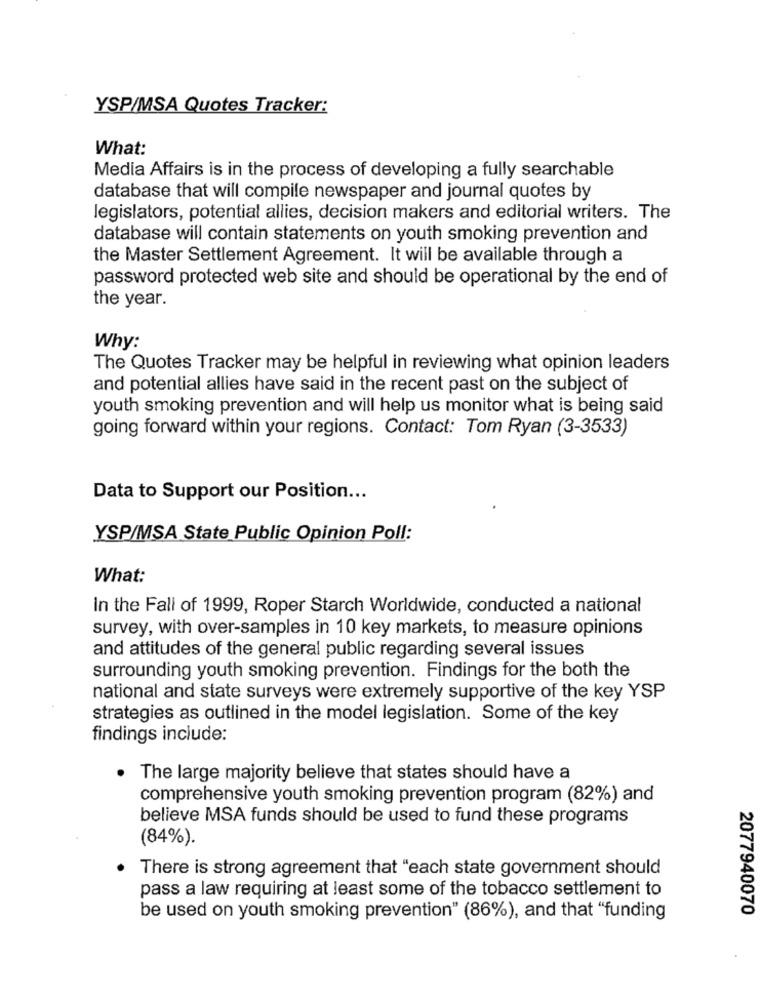
YSP/MSA Quotes Tracker:
What:
Media Affairs is in the process of developing a fully searchable
database that will compile newspaper and journal quotes by
legislators, potential allies, decision makers and editorial writers. The
database will contain statements on youth smoking prevention and
the Master Settlement Agreement. It will be available through a
password protected web site and should be operational by the end of
the year.
Why:
The Quotes Tracker may be helpful in reviewing what opinion leaders
and potential allies have said in the recent past on the subject of
youth smoking prevention and will help us monitor what is being said
going forward within your regions. Contact: Tom Ryan (3-3533)
Data to Support our Position ...
YSP/MSA State Public Opinion Poll:
What:
In the Fall of 1999, Roper Starch Worldwide, conducted a national
survey, with over-samples in 10 key markets, to measure opinions
and attitudes of the general public regarding several issues
surrounding youth smoking prevention. Findings for the both the
national and state surveys were extremely supportive of the key YSP
strategies as outlined in the model legislation. Some of the key
findings include:
. The large majority believe that states should have a
comprehensive youth smoking prevention program (82%) and
believe MSA funds should be used to fund these programs
(84%).
There is strong agreement that "each state government should
pass a law requiring at least some of the tobacco settlement to
2077940070
be used on youth smoking prevention" (86%), and that "funding